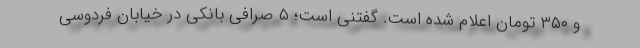
و ۳۵۰ تومان اعلام شده است. گفتنی است؛ ۵ صرافی بانکی در خیابان فردوسی